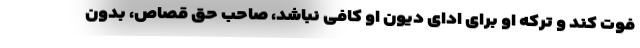
فوت کند و ترکه او برای ادای دیون او کافی نباشد، صاحب حق قصاص، بدون